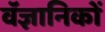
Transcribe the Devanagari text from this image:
वॅज्ञानिकों